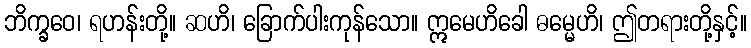
ဘိက္ခဝေ၊ ရဟန်းတို့။ ဆဟိ၊ ခြောက်ပါးကုန်သော။ ဣမေဟိခေါ ဓမ္မေဟိ၊ ဤတရားတို့နှင့်။